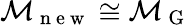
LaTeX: \mathcal{M}_{\mathrm{~n~e~w~}}\cong\mathcal{M}_{\mathrm{~G~}}